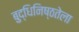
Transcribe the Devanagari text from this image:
बुद्धिनिष्ठतेला